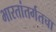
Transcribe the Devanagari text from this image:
भारतांतर्गतचा